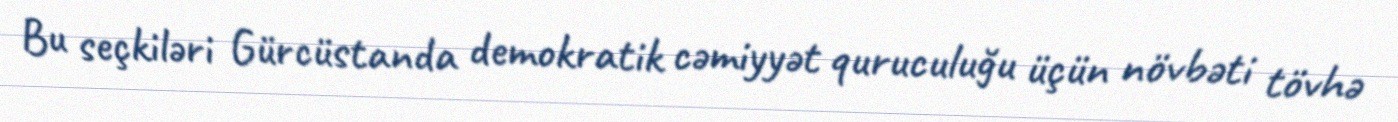
Bu seçkiləri Gürcüstanda demokratik cəmiyyət quruculuğu üçün növbəti tövhə